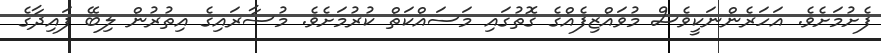
ފެށުމަށެވެ. އަހަރެންނަކީވެސް މުވައްޒިފެއްގެ ގޮތުގައި މަސައްކަތް ކުރުމަށެވެ. މުސާރައިގެ އިތުރުން ލިބޭ ފައިދާގެ